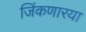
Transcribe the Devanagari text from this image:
जिंकणारया